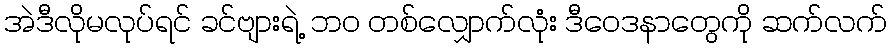
အဲဒီလိုမလုပ်ရင် ခင်ဗျားရဲ့ ဘဝ တစ်လျှောက်လုံး ဒီဝေဒနာတွေကို ဆက်လက်